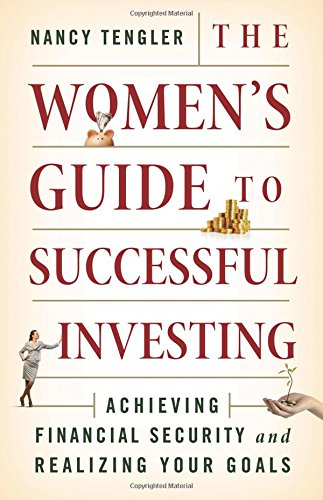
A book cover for The Women's Guide to Successful Investing: Achieving Financial Security and Realizing Your Goals; Nancy Tengler; Business & Money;